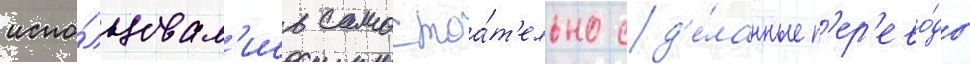
испо́льзовал'ись самостоа́т'ельно сд'е́ланные п'ер'ево́ды